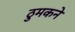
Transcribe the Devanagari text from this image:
ठुमकने